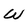
Character: W